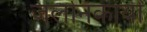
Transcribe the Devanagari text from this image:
जलनिकायों